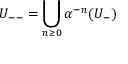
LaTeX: U _ { -- } = \bigcup _ { n \geq 0 } \alpha ^ { - n } ( U _ { - } )